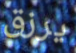
يرزق